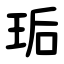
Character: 㻈